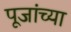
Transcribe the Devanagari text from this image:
पूजांच्या